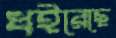
ধইরেছে